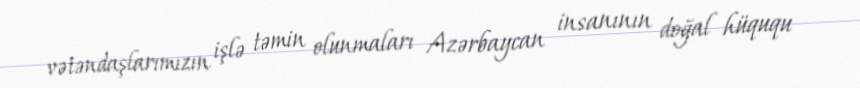
vətəndaşlarımızın işlə təmin olunmaları Azərbaycan insanının doğal hüququ